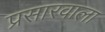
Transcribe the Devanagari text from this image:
प्रसारवाला